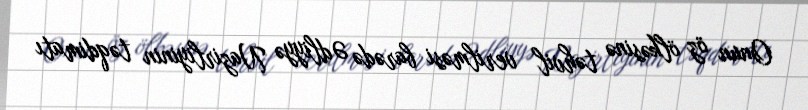
Onun öz ölkəsinə təhvil verilməsi barədə Ədliyyə Nazirliyinin təqdimatı